Civil Veterinary Dept. North-West Frontier Province 1933-46 - 1933-1946
Year: 1933
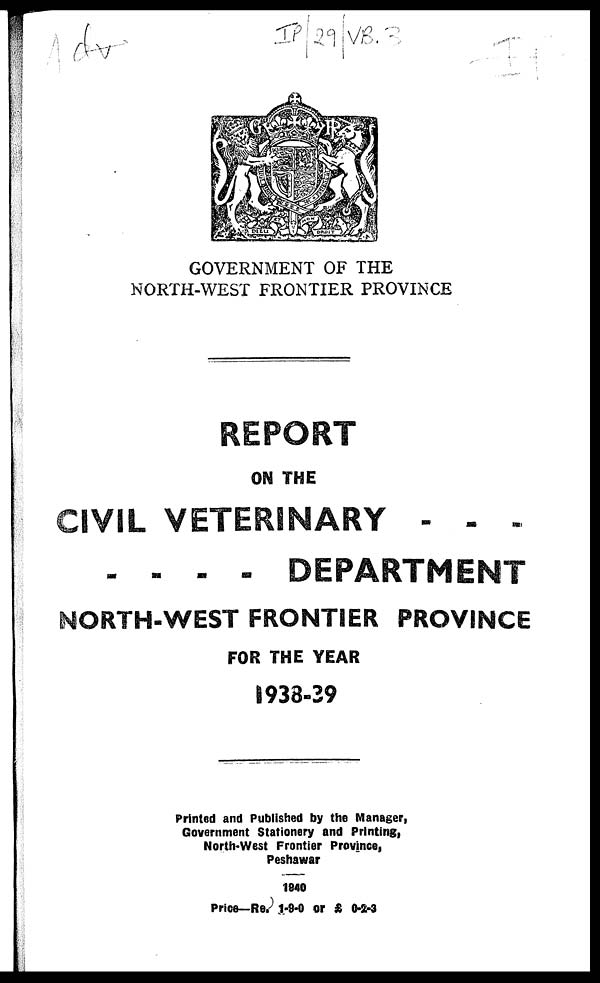
GOVERNMENT OF THE
NORTH-WEST FRONTIER PROVINCE
REPORT
ON THE
CIVIL VETERINARY - - - -
- - - - DEPARTMENT
NORTH-WEST FRONTIER PROVINCE
FOR THE YEAR
1938-39
Printed and Published by the Manager,
Government Stationery and Printing,
North-West Frontier Province,
Peshawar
1940
Price— Rs. 1-9-0 or £ 0-2-3